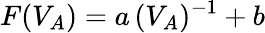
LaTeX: F(V_{A})=a\, (V_{A})^{-1}+b